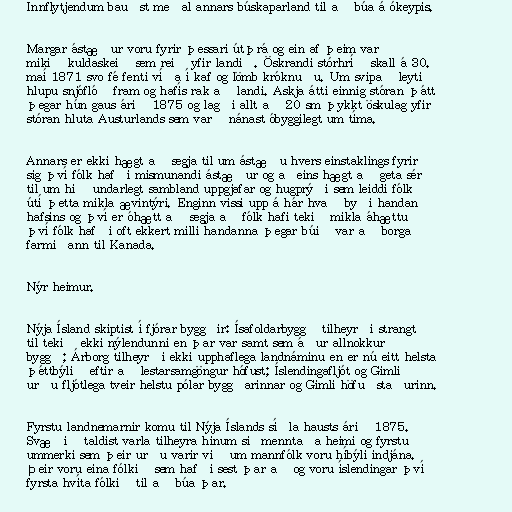
Innflytjendum bauðst meðal annars búskaparland til að búa á ókeypis.

Margar ástæður voru fyrir þessari útþrá og ein af þeim var
mikið kuldaskeið sem reið yfir landið. Öskrandi stórhríð skall á 30.
maí 1871 svo fé fenti víða í kaf og lömb króknuðu. Um svipað leyti
hlupu snjóflóð fram og hafís rak að landi. Askja átti einnig stóran þátt
þegar hún gaus árið 1875 og lagði allt að 20 sm þykkt öskulag yfir
stóran hluta Austurlands sem varð nánast óbyggilegt um tíma.

Annars er ekki hægt að segja til um ástæðu hvers einstaklings fyrir
sig því fólk hafði mismunandi ástæður og aðeins hægt að geta sér
til um hið undarlegt sambland uppgjafar og hugprýði sem leiddi fólk
útí þetta mikla ævintýri. Enginn vissi upp á hár hvað byði handan
hafsins og því er óhætt að segja að fólk hafi tekið mikla áhættu
því fólk hafði oft ekkert milli handanna þegar búið var að borga
farmiðann til Kanada.

Nýr heimur.

Nýja Ísland skiptist í fjórar byggðir: Ísafoldarbyggð tilheyrði strangt
til tekið ekki nýlendunni en þar var samt sem áður allnokkur
byggð; Árborg tilheyrði ekki upphaflega landnáminu en er nú eitt helsta
þéttbýlið eftir að lestarsamgöngur hófust; Íslendingafljót og Gimli
urðu fljótlega tveir helstu pólar byggðarinnar og Gimli höfuðstaðurinn.

Fyrstu landnemarnir komu til Nýja Íslands síðla hausts árið 1875.
Svæðið taldist varla tilheyra hinum siðmenntaða heimi og fyrstu
ummerki sem þeir urðu varir við um mannfólk voru híbýli indjána.
Þeir voru eina fólkið sem hafði sest þar að og voru íslendingar því
fyrsta hvíta fólkið til að búa þar.